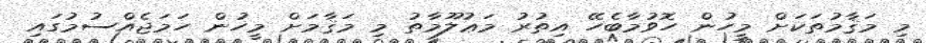
މި މަޤާމުތަކަށް މީހުން ހޮވުމާބެހޭ އިތުރު މަޢުލޫމާތު މި މަޤާމަށް މީހުން ހަމަޖެއްސުމުގައި